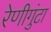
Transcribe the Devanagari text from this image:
रेणीगुंटा